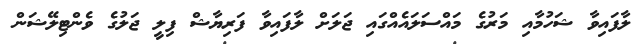
ލާފައިވާ ޝަހުމާއި މަރުގެ މައްސަލައެއްގައި ޖަލަށް ލާފައިވާ ފަރިޔާޝް ފިލީ ޖަލުގެ ވެންޓިލޭޝަން